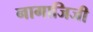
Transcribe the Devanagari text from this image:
नागाजिजी